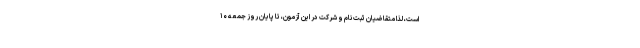
است، لذا متقاضیان ثبت نام و شرکت در این آزمون، تا پایان روز جمعه ۱۰